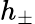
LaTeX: h_{\pm}